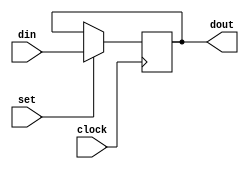
module vdff_w_load(clock, set, din, dout);
    parameter k = 16;

    input [k-1:0] din;
    input clock, set;

    output [k-1:0] dout;

    reg [k-1:0] mux_out;
    reg [k-1:0] dout;

    // If load is set to 0, the output of the mux is not updated from its present value
    always @* begin
        if (set == 1'b0)
            mux_out = dout;
        else
            mux_out = din;
    end

    // At the rising edge of the clock, Q gets the value of D
    always @(posedge clock) begin
        dout = mux_out;
    end
endmodule